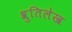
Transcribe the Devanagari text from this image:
श्रुतिलेख